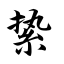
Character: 絷